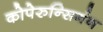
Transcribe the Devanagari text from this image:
कोपेरुन्सिगंन